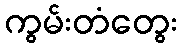
ကွမ်းတံတွေး